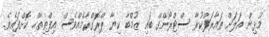
މުޅިން އަލަށް ތައާރަފްކުރާ ސްޓްރޯންގް ބައި ޒުމްބާ ކިޔާ ޕްރޮގްރާމެއްވެސް އިފްތިތާހް ކޮށްފައެވެ.